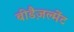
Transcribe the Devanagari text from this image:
बीडैज़ल्मेंट